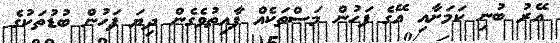
އޭރު ބުނި ކަމަށާއި އޭގެ ފަހުން މަސްތަކެއް ފާއިތުވެގެން ދިޔަ ފަހުން ބުޑުތަކުގެ